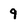
Character: 9